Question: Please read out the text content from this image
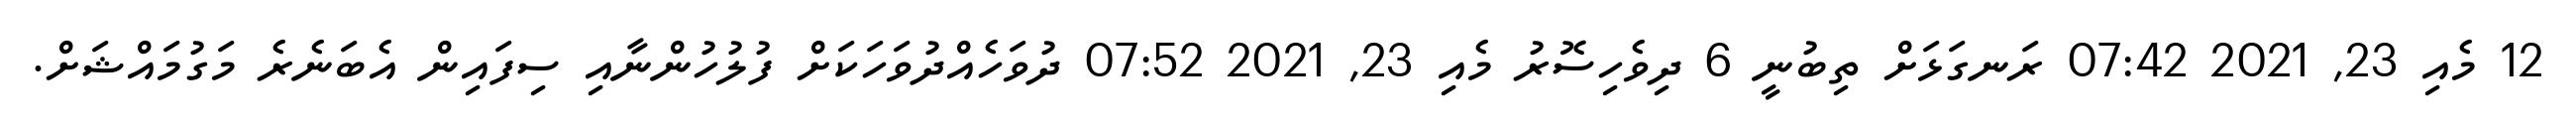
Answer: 12 މެއި 23, 2021 07:42 ރަނގަޅަށް ތިބުނީ 6 ދިވެހިސޮރު މެއި 23, 2021 07:52 ދުވަހެއްދުވަހަކަށް ފުލުހުންނާއި ސިފައިން އެބަނެރެ މަގުމައްޝަށް.